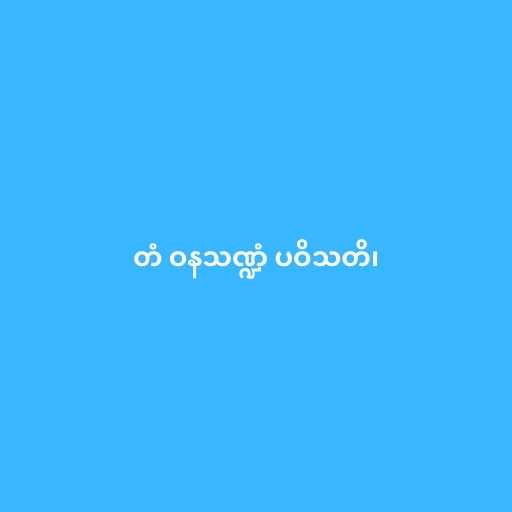
တံ ဝနသဏ္ဍံ ပဝိသတိ၊